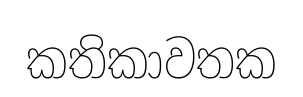
කතිකාවතක